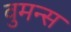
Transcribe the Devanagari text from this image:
वुमन्स